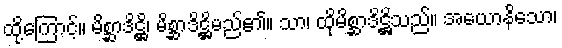
ထို့ကြောင့်။ မိစ္ဆာဒိဋ္ဌိ၊ မိစ္ဆာဒိဋ္ဌိမည်၏။ သာ၊ ထိုမိစ္ဆာဒိဋ္ဌိသည်။ အယောနိသော၊